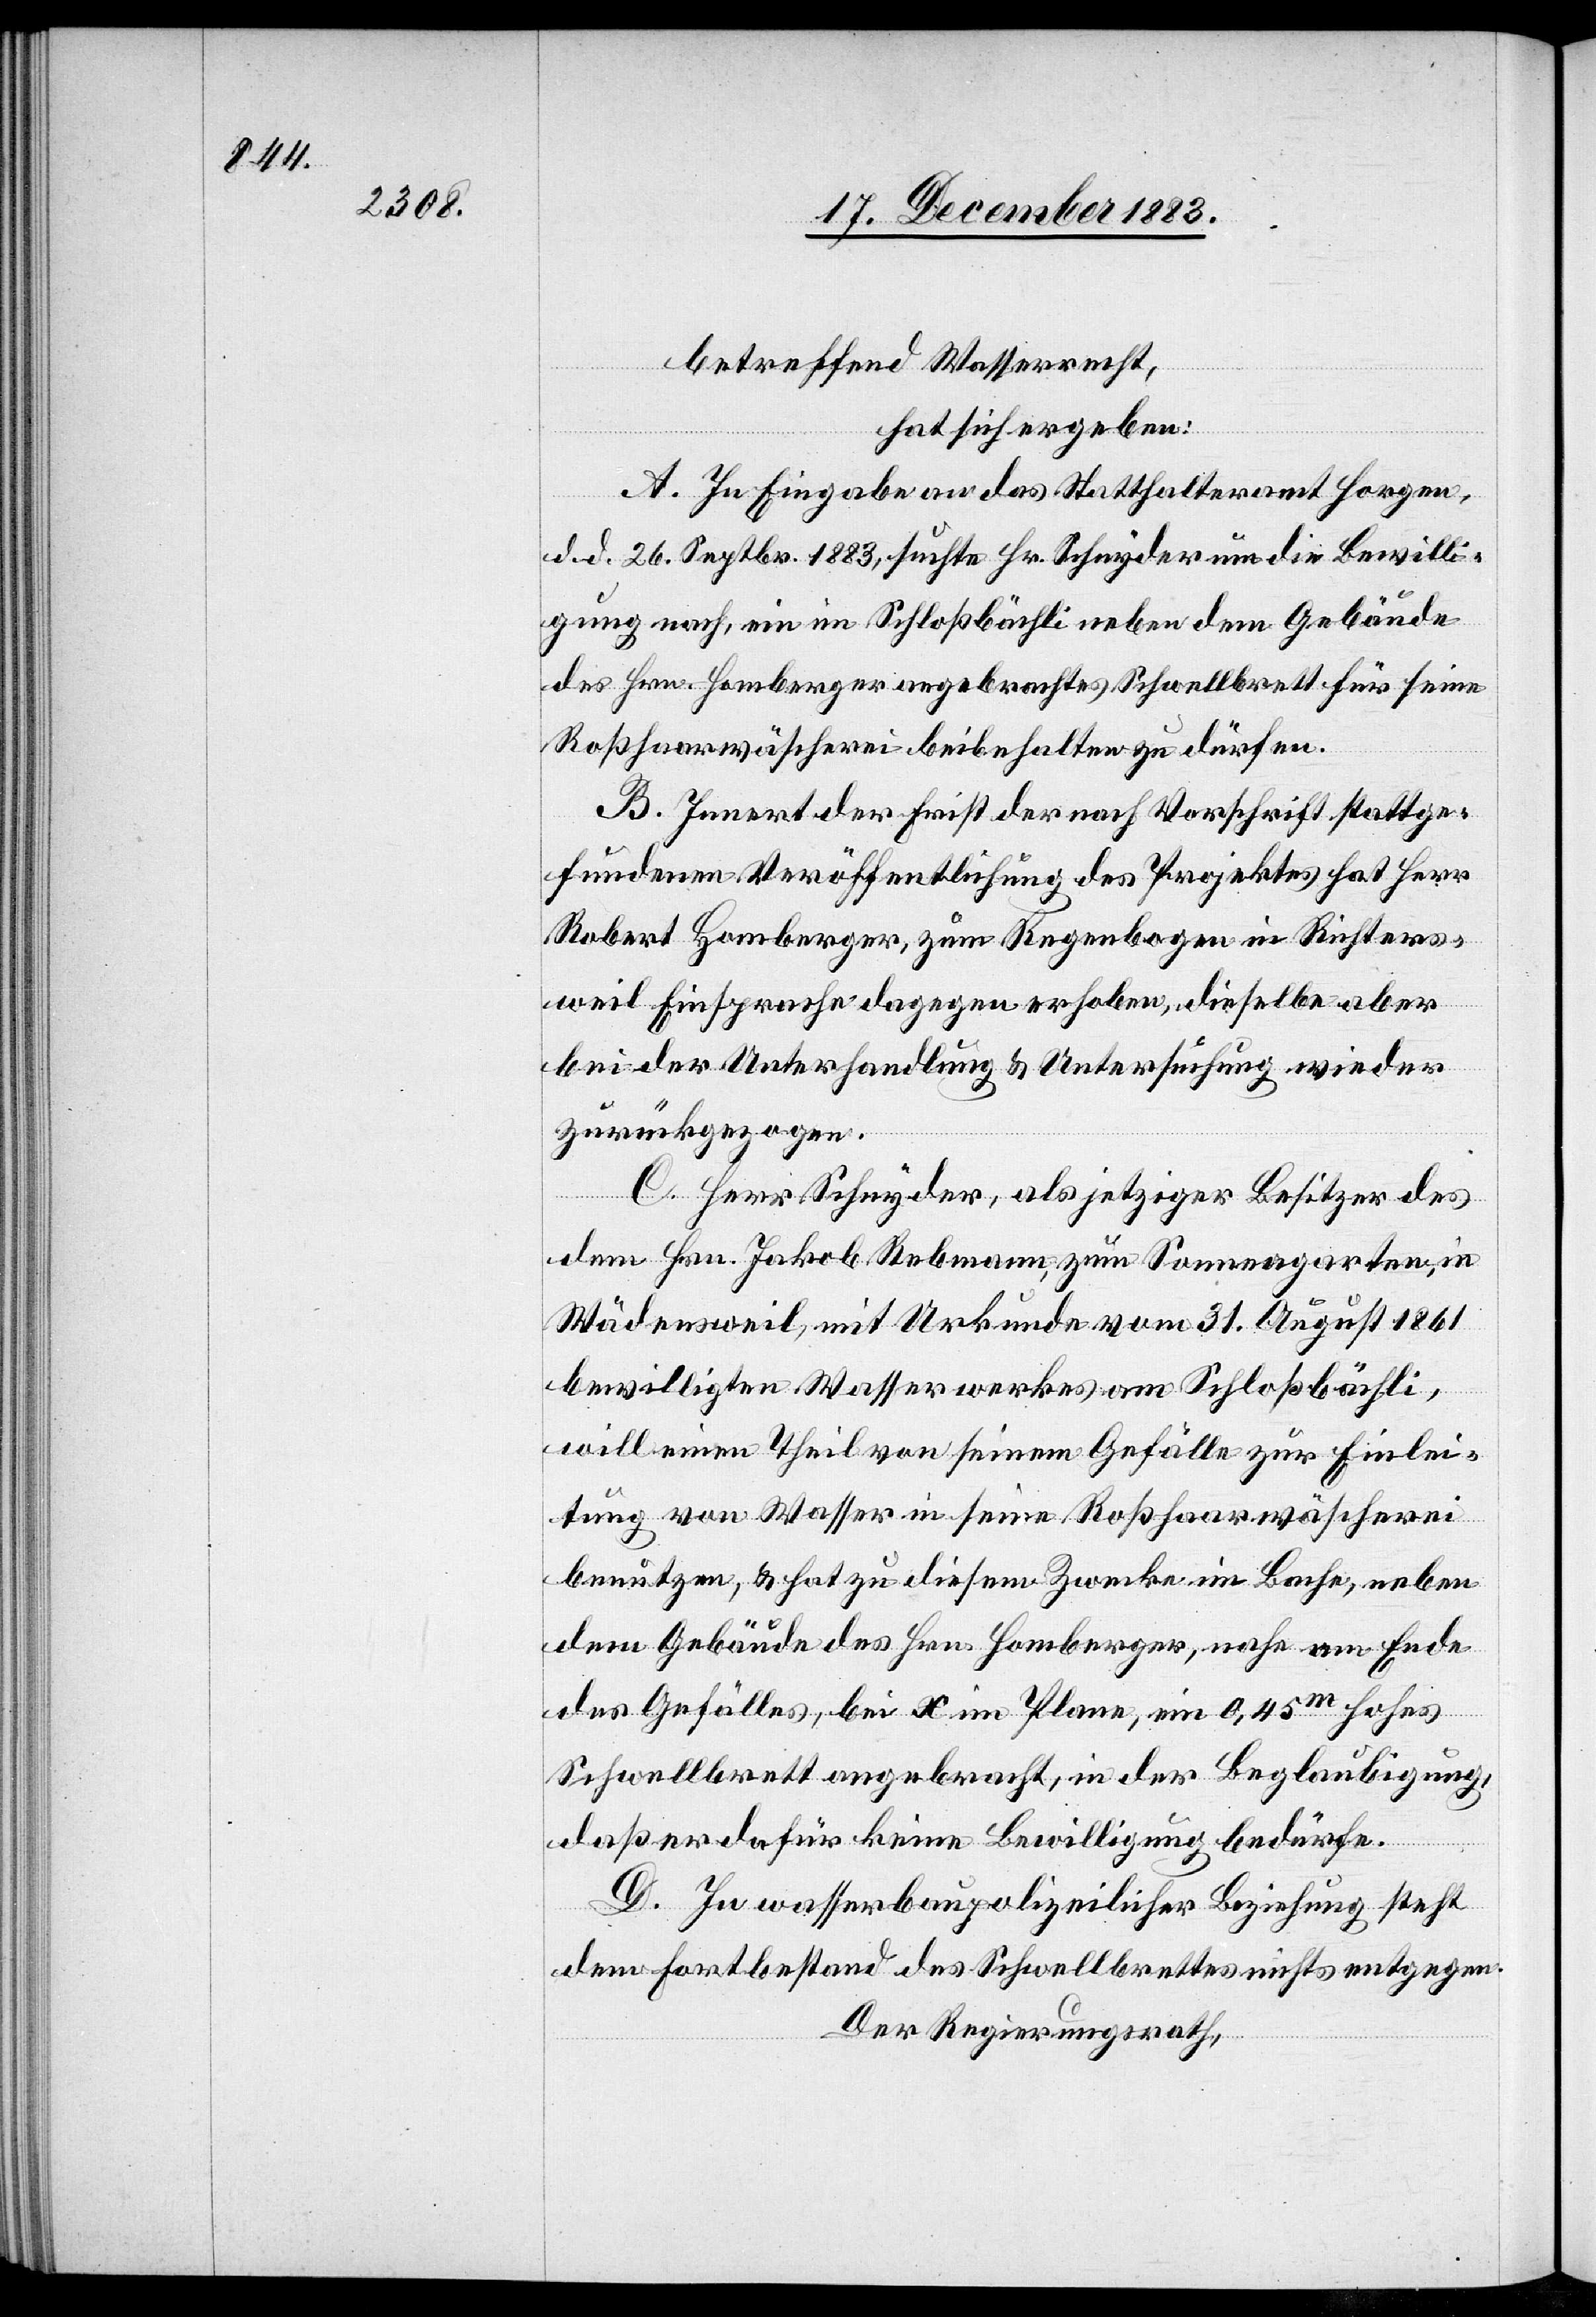
betreffend Wasserrecht,
hat sich ergeben:
A. In Eingabe an das Statthalteramt Horgen,
d. d. 26. Septbr. 1883, suchte Hr. Schnyder um die Bewilli¬
gung nach, ein im Schloßbächli neben dem Gebäude
des Hrn. Homberger angebrachtes Schwellbrett für seine
Roßhaarwäscherei beibehalten zu dürfen.
B. Innert der Frist der nach Vorschrift stattge¬
fundenen Veröffentlichung des Projektes hat Herr
Robert Homberger, zum Regenbogen in Richters¬
weil Einsprache dagegen erhoben, dieselbe aber
bei der Unterhandlung & Untersuchung wieder
zurückgezogen.
C. Herr Schnyder, als jetziger Besitzer des
dem Hrn. Jakob Rebmann, zum Sonnengarten, in
Wädensweil, mit Urkunde vom 31. August 1861
bewilligten Wasserwerkes vom Schloßbächli,
will einen Theil von seinem Gefälle zur Einlei¬
tung von Wasser in seine Roßhaarwäscherei
benutzen, & hat zu diesem Zwecke im Bache, neben
dem Gebäude des Hrn. Homberger, nahe am Ende
des Gefälles, bei x im Plane, ein 0,45m hohes
Schwellbrett angebracht, in der Beglaubigung,
daß er dafür keine Bewilligung bedürfe.
D. In wasserbaupolizeilicher Beziehung steht
dem Fortbestand des Schwellbrettes nichts entgegen.
Der Regierungsrath,